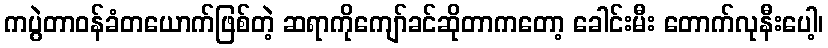
ကပွဲတာဝန်ခံတယောက်ဖြစ်တဲ့ ဆရာကိုကျော်ခင်ဆိုတာကတော့ ခေါင်းမီး တောက်လုနီးပေါ့၊